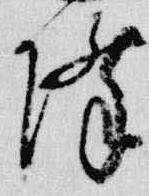
降